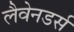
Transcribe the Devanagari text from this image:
लैवेनडर्स